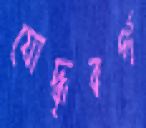
যোদ্ধৃবর্গ